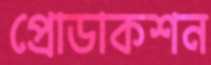
প্রোডাকশন